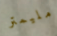
مليمتر